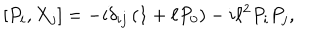
LaTeX: [ P _ { i } , { X } _ { j } ] = - i \delta _ { i j } \left( 1 + \ell P _ { 0 } \right) - i \ell ^ { 2 } P _ { i } P _ { j } ,